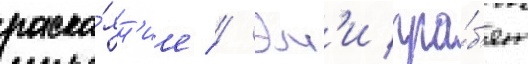
раска́ян'ие // Эм'и гра́б'ят